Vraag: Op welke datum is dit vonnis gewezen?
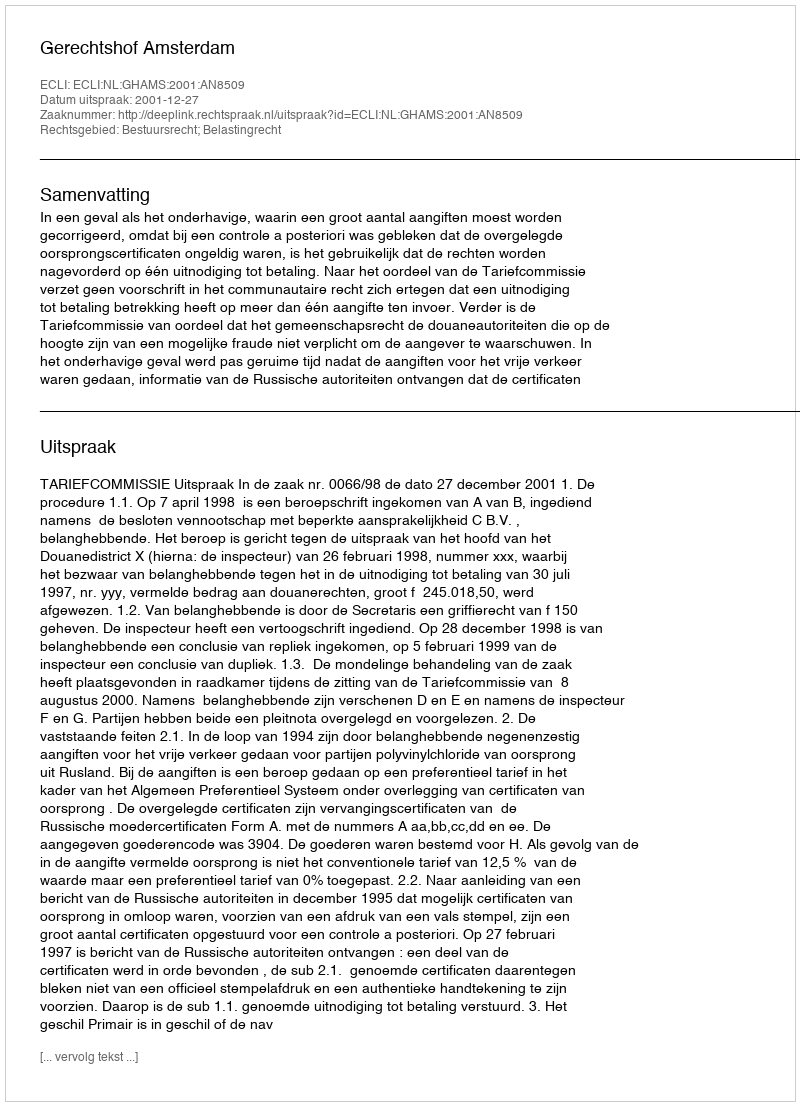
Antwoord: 2001-12-27